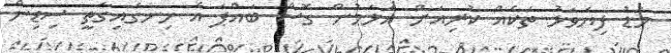
މަޑު ފިޔަވަޅު ތަކެއް ކުރިއަށް އަޅަމުން ގޮސް ބައްޕަ އެ ހިނގައިގަތީ ސިޑިން